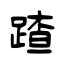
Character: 蹅